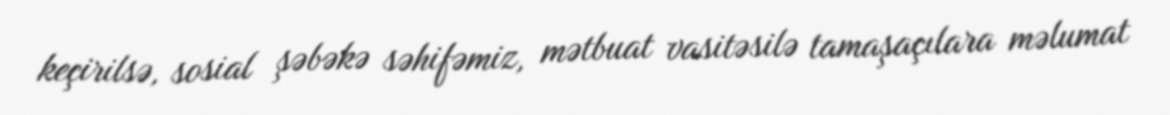
keçirilsə, sosial şəbəkə səhifəmiz, mətbuat vasitəsilə tamaşaçılara məlumat